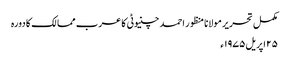
مکمل تحریر مولانا منظور احمد چنیوٹی کا عرب ممالک کا دورہ
۲۵ اپریل ۱۹۷۵ء